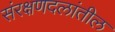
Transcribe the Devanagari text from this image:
संरक्षणदलांतील